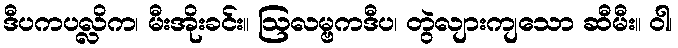
ဒီပကပလ္လိက၊ မီးအိုးခင်း။ ဩလမ္ဗကဒီပ၊ တွဲလျားကျသော ဆီမီး။ ဝါ၊